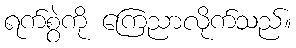
ရက်စွဲကို ကြေညာလိုက်သည်။